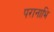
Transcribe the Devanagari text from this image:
परानाभि